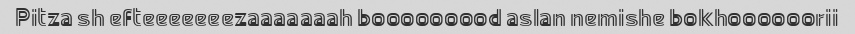
Pitza sh efteeeeeeezaaaaaaah booooooood aslan nemishe bokhoooooorii